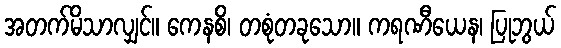
အတက်မိသာလျှင်။ ကေနစိ၊ တစုံတခုသော။ ကရဏီယေန၊ ပြုဘွယ်